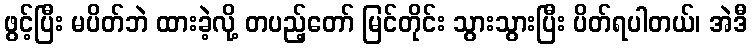
ဖွင့်ပြီး မပိတ်ဘဲ ထားခဲ့လို့ တပည့်တော် မြင်တိုင်း သွားသွားပြီး ပိတ်ရပါတယ်၊ အဲဒီ